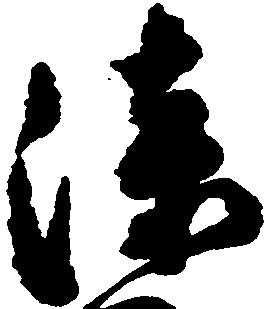
漆